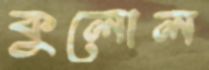
কুলোল